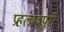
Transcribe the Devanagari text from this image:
प्रहलादपुरी